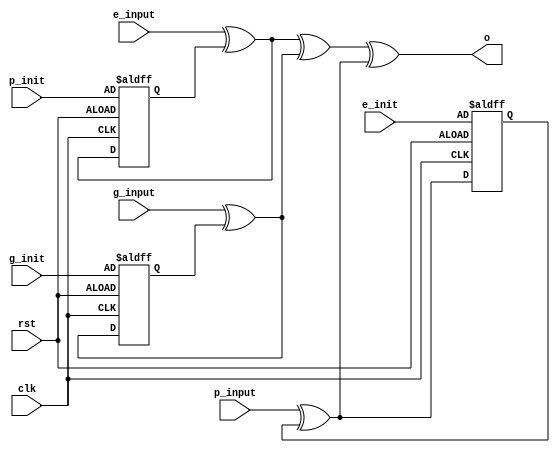
`timescale 1ns / 1ps
// synopsys_ template
module public_test
( 
  clk,
  rst,
  p_init,
  g_init,
  e_init,
  p_input,
  g_input,
  e_input,
  o
);
  
  input clk, rst;
  
  input  [7:0]  p_init;
  input  [15:0] g_init;
  input  [31:0] e_init;

  input  [31:0] p_input;
  input  [15:0] g_input;
  input  [7:0]  e_input;
  output [31:0] o;
  

  reg [7:0]  reg_1;
  reg [15:0] reg_2;
  reg [31:0] reg_3;
  
  wire [31:0] o1;
  wire [31:0] o2;
  wire [31:0] o3;

  always@(posedge clk or posedge rst)
  begin
    if(rst) begin
      reg_1 <= p_init;
      reg_2 <= g_init;
      reg_3 <= e_init;
    end else begin
      reg_1 <= e_input ^ reg_1;
      reg_2 <= g_input ^ reg_2;
      reg_3 <= p_input ^ reg_3;
    end
  end

  assign o1 = {24'b0, e_input ^ reg_1};
  assign o2 = {16'b0, g_input ^ reg_2};
  assign o3 = p_input ^ reg_3;
  assign o  = o1 ^ o2 ^ o3;

endmodule